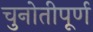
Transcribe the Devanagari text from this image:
चुनोतीपूर्ण